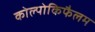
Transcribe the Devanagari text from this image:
कोल्पोकिफैलम